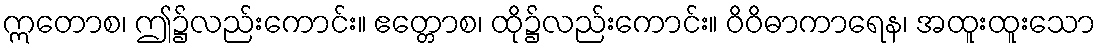
ဣတောစ၊ ဤ၌လည်းကောင်း။ ဧတ္တောစ၊ ထို၌လည်းကောင်း။ ဝိဝိဓာကာရေန၊ အထူးထူးသော